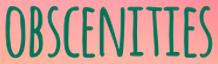
OBSCENITIES